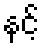
နင့်